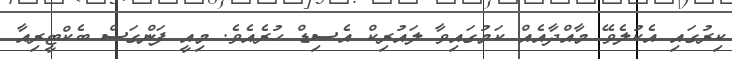
ކިރުގައި އެކުލެވޭ މާއްދާއެއް ކަމުގައިވާ ލައުރިކް އެސިޑް ހުރެއެވެ. މިއީ ފަންގަސް ބެކްޓީރިއާ